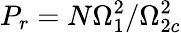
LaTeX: P_{r}=N\Omega_{1}^{2}/\Omega_{2c}^{2}